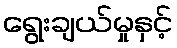
ရွေးချယ်မှုနှင့်